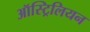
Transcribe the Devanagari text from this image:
ऑस्ट्रिलियन